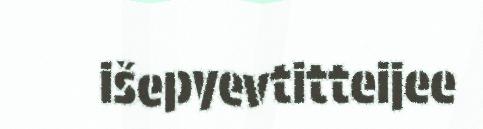
išepyevtitteijee